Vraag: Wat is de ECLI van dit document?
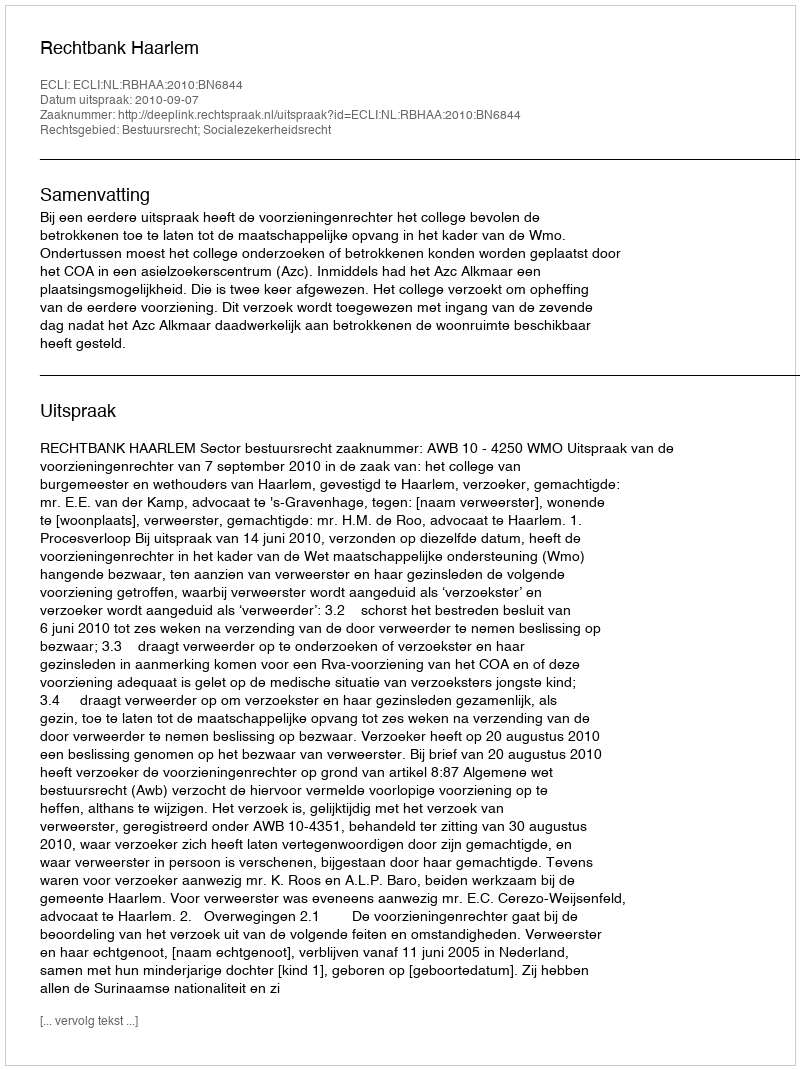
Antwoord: ECLI:NL:RBHAA:2010:BN6844